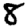
Digit: 8